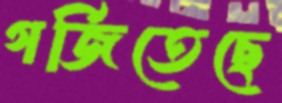
গর্জিতেছে